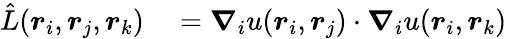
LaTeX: \begin{array}{rl}{\hat{L}(\boldsymbol{r}_{i},\boldsymbol{r}_{j},\boldsymbol{r}_{k})}&{{}=\boldsymbol{\nabla}_{i}u(\boldsymbol{r}_{i},\boldsymbol{r}_{j})\cdot\boldsymbol{\nabla}_{i}u(\boldsymbol{r}_{i},\boldsymbol{r}_{k})}\end{array}